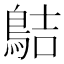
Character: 𪁄